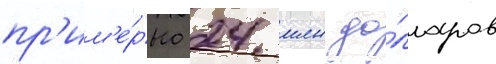
пр'им'е́рно 24 млн до́лларов